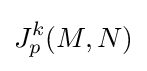
J_{p}^{k}(M,N)